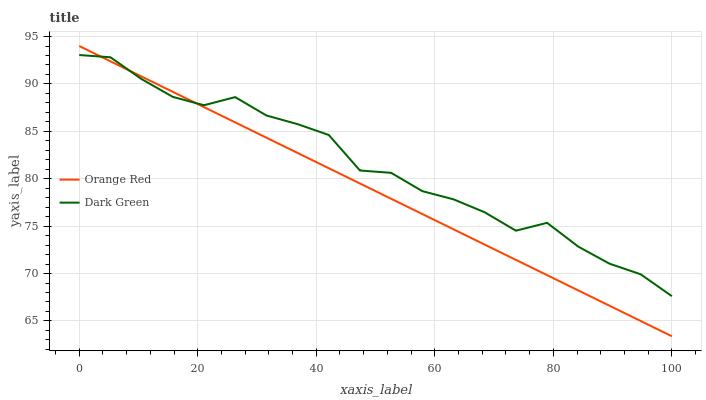
| xaxis_label | Orange Red | Dark Green |
 | --- | --- | --- |
 | 0 | 94 | 93 |
 | 5.26 | 92.4 | 92.8 |
 | 10.5 | 90.8 | 90.5 |
 | 15.8 | 89.2 | 88.6 |
 | 21.1 | 87.6 | 87.8 |
 | 26.3 | 85.9 | 88.6 |
 | 31.6 | 84.3 | 86.7 |
 | 36.8 | 82.7 | 85.8 |
 | 42.1 | 81.1 | 84.6 |
 | 47.4 | 79.5 | 80.9 |
 | 52.6 | 77.9 | 80.6 |
 | 57.9 | 76.3 | 78.7 |
 | 63.2 | 74.7 | 77.8 |
 | 68.4 | 73.1 | 76.5 |
 | 73.7 | 71.4 | 74.5 |
 | 78.9 | 69.8 | 75.3 |
 | 84.2 | 68.2 | 72.8 |
 | 89.5 | 66.6 | 71 |
 | 94.7 | 65 | 69.9 |
 | 100 | 63.4 | 67.6 |